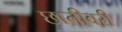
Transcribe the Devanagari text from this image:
छातीवरी